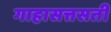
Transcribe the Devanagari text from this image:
गाहासत्तसती